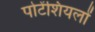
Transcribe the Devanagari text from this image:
पोटेंशियलों